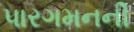
પારગમનની